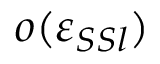
o ( \varepsilon _ { S S l } )